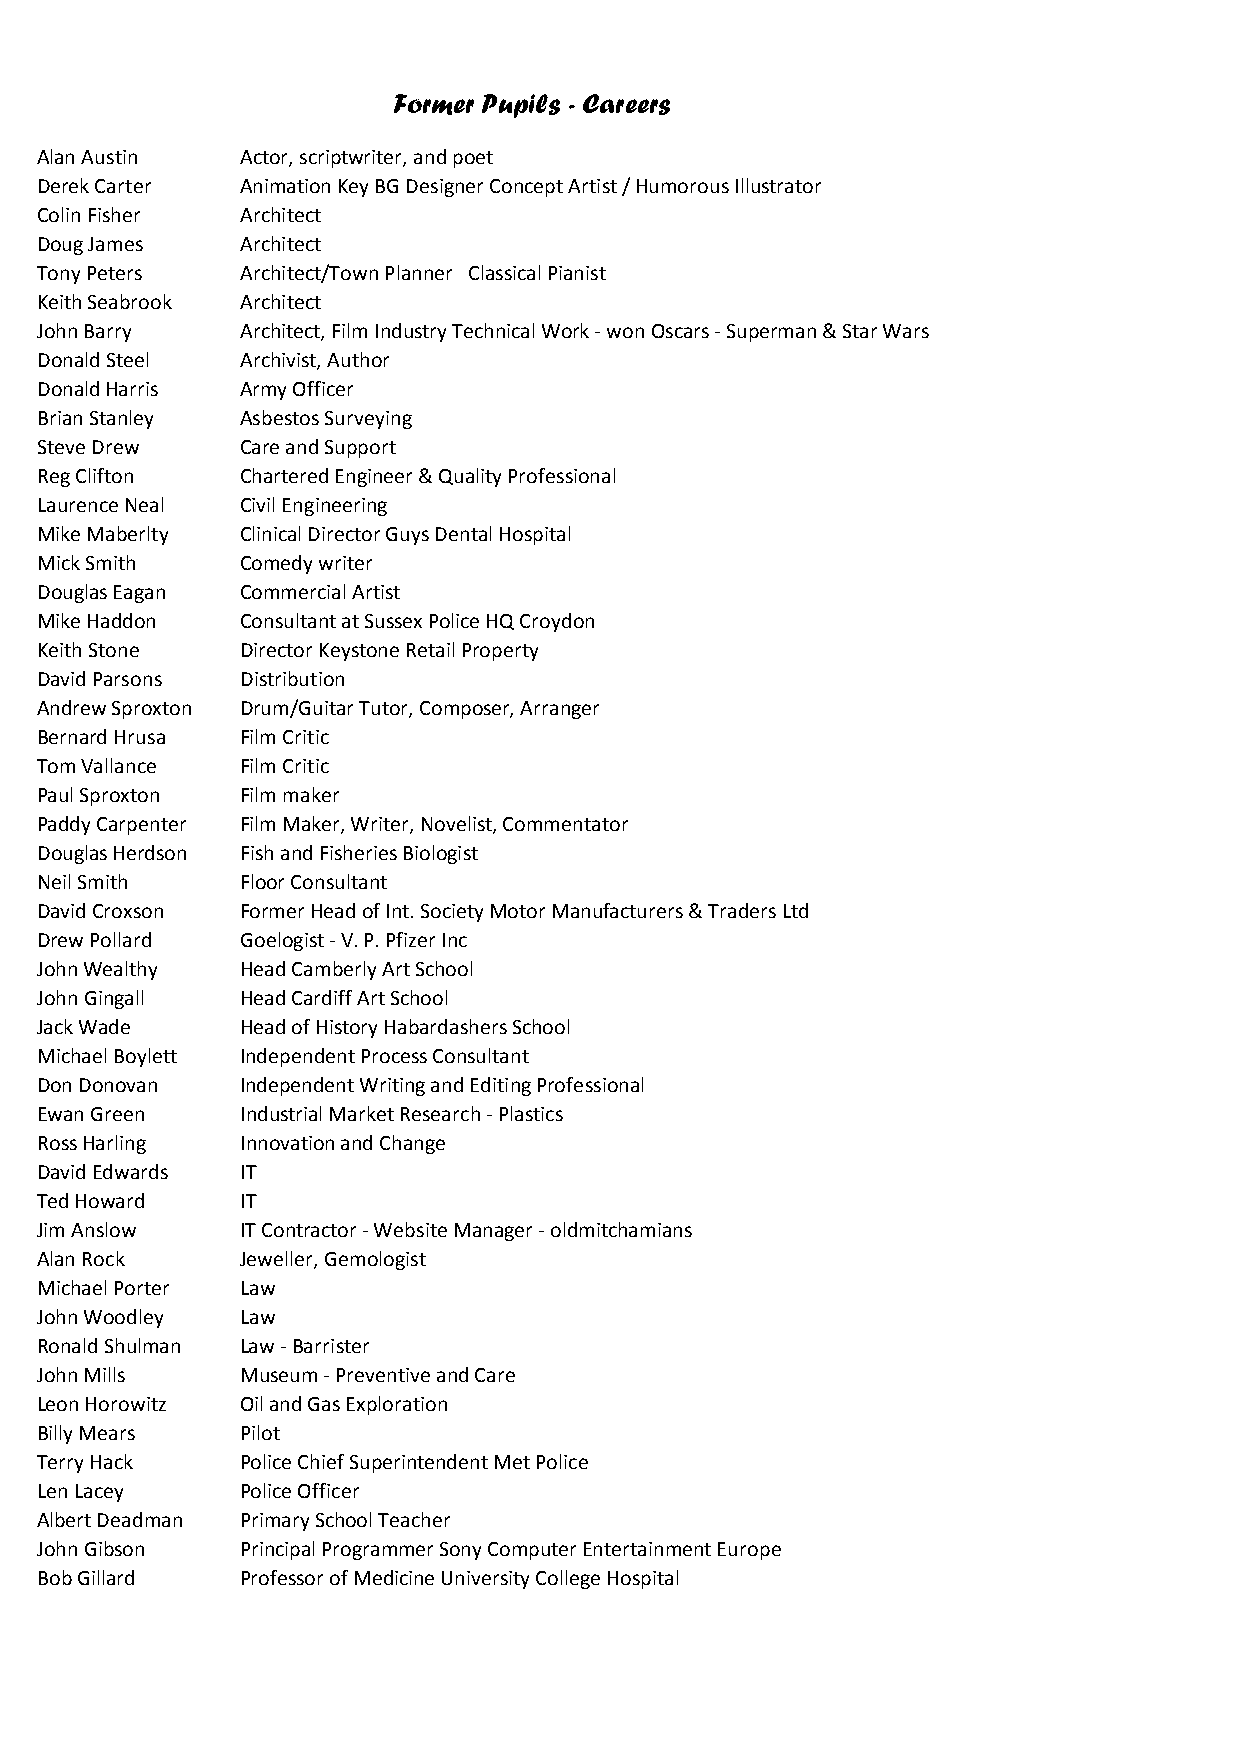
Former Pupils - Careers
 Alan Austin   Actor, scriptwriter, and poet
 Derek Carter  Animation Key BG Designer Concept Artist / Humorous Illustrator
 Colin Fisher  Architect
 Doug James    Architect
 Tony Peters   Architect/Town Planner Classical Pianist
 Keith Seabrook Architect
 John Barry    Architect, Film Industry Technical Work - won Oscars - Superman & Star Wars
 Donald Steel  Archivist, Author
 Donald Harris Army Officer
 Brian Stanley Asbestos Surveying
 Steve Drew    Care and Support
 Reg Clifton   Chartered Engineer & Quality Professional
 Laurence Neal Civil Engineering
 Mike Maberlty Clinical Director Guys Dental Hospital
 Mick Smith    Comedy writer
 Douglas Eagan Commercial Artist
 Mike Haddon   Consultant at Sussex Police HQ Croydon
 Keith Stone   Director Keystone Retail Property
 David Parsons Distribution
 Andrew Sproxton Drum/Guitar Tutor, Composer, Arranger
 Bernard Hrusa Film Critic
 Tom Vallance  Film Critic
 Paul Sproxton Film maker
 Paddy Carpenter Film Maker, Writer, Novelist, Commentator
 Douglas Herdson Fish and Fisheries Biologist
 Neil Smith    Floor Consultant
 David Croxson Former Head of Int. Society Motor Manufacturers & Traders Ltd
 Drew Pollard  Goelogist - V. P. Pfizer Inc
 John Wealthy  Head Camberly Art School
 John Gingall  Head Cardiff Art School
 Jack Wade     Head of History Habardashers School
 Michael Boylett Independent Process Consultant
 Don Donovan   Independent Writing and Editing Professional
 Ewan Green    Industrial Market Research - Plastics
 Ross Harling  Innovation and Change
 David Edwards IT
 Ted Howard    IT
 Jim Anslow    IT Contractor - Website Manager - oldmitchamians
 Alan Rock     Jeweller, Gemologist
 Michael Porter Law
 John Woodley  Law
 Ronald Shulman Law - Barrister
 John Mills    Museum - Preventive and Care
 Leon Horowitz Oil and Gas Exploration
 Billy Mears   Pilot
 Terry Hack    Police Chief Superintendent Met Police
 Len Lacey     Police Officer
 Albert Deadman Primary School Teacher
 John Gibson   Principal Programmer Sony Computer Entertainment Europe
 Bob Gillard   Professor of Medicine University College Hospital